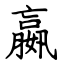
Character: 嬴